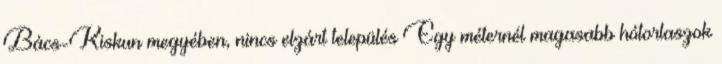
Bács-Kiskun megyében, nincs elzárt település Egy méternél magasabb hótorlaszok